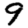
Digit: 9